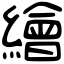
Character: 繪